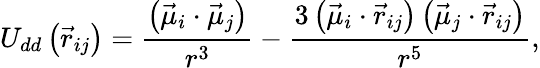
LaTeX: U_{dd}\left(\vec{r}_{ij}\right)=\frac{\left(\vec{\mu}_{i}\cdot\vec{\mu}_{j}\right)}{r^{3}}-\frac{3\left(\vec{\mu}_{i}\cdot\vec{r}_{ij}\right)\left(\vec{\mu}_{j}\cdot\vec{r}_{ij}\right)}{r^{5}},